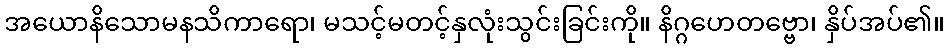
အယောနိသောမနသိကာရော၊ မသင့်မတင့်နှလုံးသွင်းခြင်းကို။ နိဂ္ဂဟေတဗ္ဗော၊ နှိပ်အပ်၏။